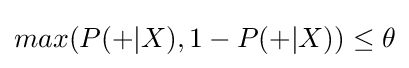
{\textstyle max(P(+|X),1-P(+|X))\leq \theta }